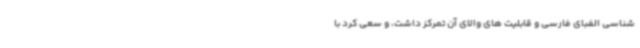
شناسی الفبای فارسی و قابلیت های والای آن تمرکز داشت، و سعی کرد با